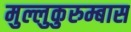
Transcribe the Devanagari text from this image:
मुल्लुकुरुम्बास